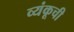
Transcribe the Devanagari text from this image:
व्यंकूची